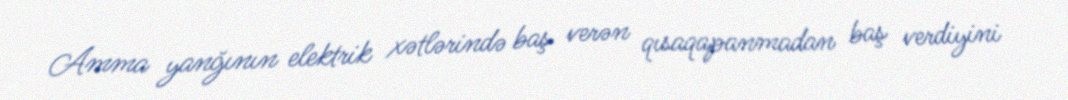
Amma yanğının elektrik xətlərində baş verən qısaqapanmadan baş verdiyini